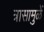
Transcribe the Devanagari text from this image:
त्रासामुळें